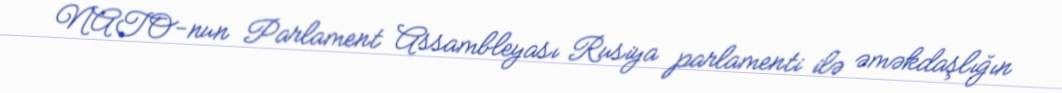
NATO-nun Parlament Assambleyası Rusiya parlamenti ilə əməkdaşlığın